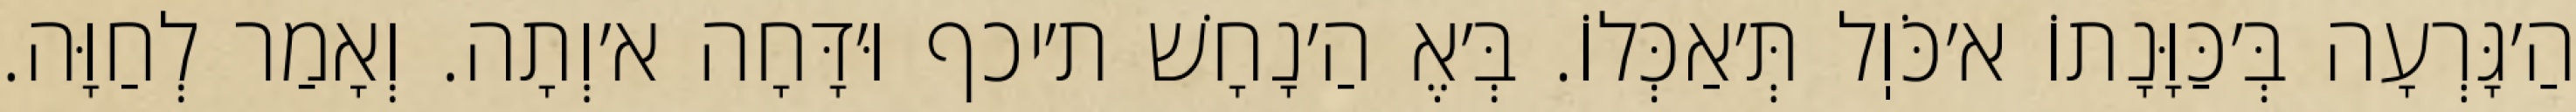
הַ׳גָּרְעָה בְּ׳כַּוָּנָתוֹ א׳כֹּוֽל תְּ׳אַכְּלוֹ. בְּ׳אֶ הַ׳נָחָשׁ ת׳יכף וּ׳דָּחָה א׳וְתָה. וְאָמַר לְחַוָּה.